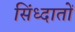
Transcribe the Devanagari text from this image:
सिंध्दातों